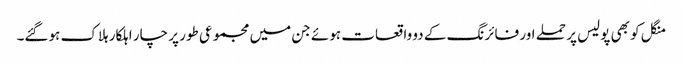
منگل کو بھی پولیس پر حملے اور فائرنگ کے دو واقعات ہوئے جن میں مجموعی طور پر چار اہلکار ہلاک ہوگئے۔